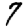
Digit: 7